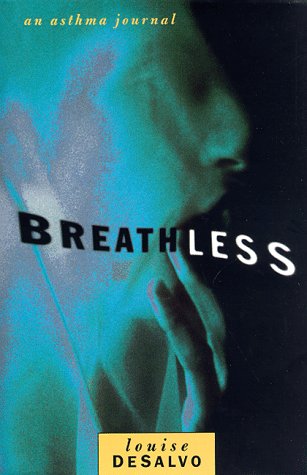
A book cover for BREATHLESS  CL; Louise A. DeSalvo; Health, Fitness & Dieting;